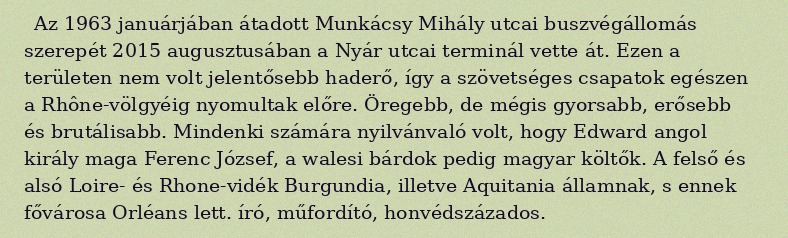
Az 1963 januárjában átadott Munkácsy Mihály utcai buszvégállomás szerepét 2015 augusztusában a Nyár utcai terminál vette át. Ezen a területen nem volt jelentősebb haderő, így a szövetséges csapatok egészen a Rhône-völgyéig nyomultak előre. Öregebb, de mégis gyorsabb, erősebb és brutálisabb. Mindenki számára nyilvánvaló volt, hogy Edward angol király maga Ferenc József, a walesi bárdok pedig magyar költők. A felső és alsó Loire- és Rhone-vidék Burgundia, illetve Aquitania államnak, s ennek fővárosa Orléans lett. író, műfordító, honvédszázados.